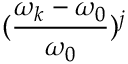
( \frac { \omega _ { k } - \omega _ { 0 } } { \omega _ { 0 } } ) ^ { j }